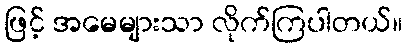
ဖြင့် အမေများသာ လိုက်ကြပါတယ်။